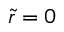
\tilde { r } = 0